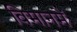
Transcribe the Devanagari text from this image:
विमानमें